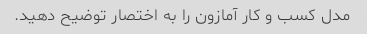
مدل کسب و کار آمازون را به اختصار توضیح دهید.